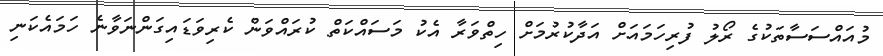
މުއައްސަސާތަކުގެ ރޯލު ފުރިހަމައަށް އަދާކުރުމަށް ހިތްވަރާ އެކު މަސައްކަތް ކުރައްވަން ކެރިވަޑައިގަންނަވާނެ ހަމައެކަނި